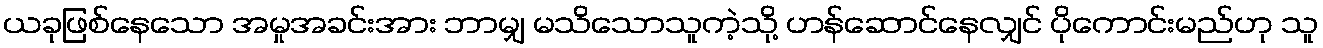
ယခုဖြစ်နေသော အမှုအခင်းအား ဘာမျှ မသိသောသူကဲ့သို့ ဟန်ဆောင်နေလျှင် ပိုကောင်းမည်ဟု သူ